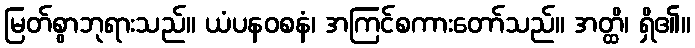
မြတ်စွာဘုရားသည်။ ယံပနဝစနံ၊ အကြင်စကားတော်သည်။ အတ္ထိ၊ ရှိ၏။